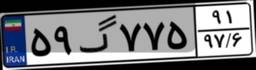
۵۹گ۷۷۵۹۱